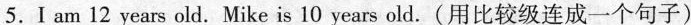
5.I am 12 years old.Mike is 10 years old.(用比较级连成一个句子)